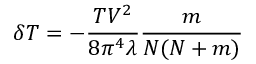
\delta T = - \frac { T V ^ { 2 } } { 8 \pi ^ { 4 } \lambda } \frac { m } { N ( N + m ) }